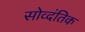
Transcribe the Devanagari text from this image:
सोव्दंतिक